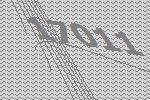
17011